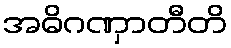
အဓိဂဏှာတီတိ